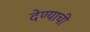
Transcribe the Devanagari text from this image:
देण्‍याची